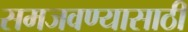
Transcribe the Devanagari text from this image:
समजवण्यासाठी